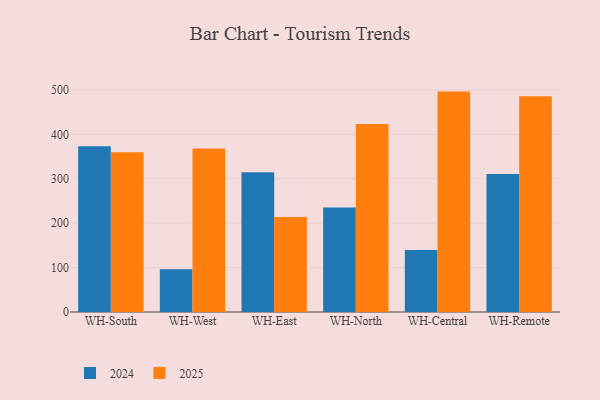
{"axis": {"x": "Warehouse", "y": "Net Income (USD K)"}, "legend": ["2024", "2025"], "data": [{"x": "WH-South", "y": 359.5, "type": "2025"}, {"x": "WH-South", "y": 373.0, "type": "2024"}, {"x": "WH-West", "y": 368.1, "type": "2025"}, {"x": "WH-West", "y": 96.2, "type": "2024"}, {"x": "WH-East", "y": 213.8, "type": "2025"}, {"x": "WH-East", "y": 314.8, "type": "2024"}, {"x": "WH-North", "y": 423.6, "type": "2025"}, {"x": "WH-North", "y": 235.2, "type": "2024"}, {"x": "WH-Central", "y": 496.3, "type": "2025"}, {"x": "WH-Central", "y": 139.5, "type": "2024"}, {"x": "WH-Remote", "y": 485.9, "type": "2025"}, {"x": "WH-Remote", "y": 310.7, "type": "2024"}]}